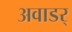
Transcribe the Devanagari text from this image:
अवाडर्